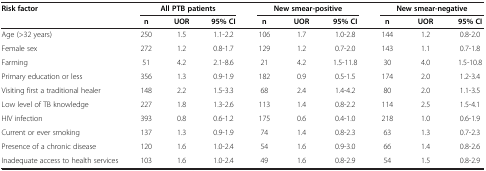
<table><thead><tr><td><b>Risk factor</b></td><td colspan="3"><b>All PTB patients</b></td><td colspan="3"><b>New smear-positive</b></td><td colspan="3"><b>New smear-negative</b></td></tr><tr><td><b> </b></td><td><b>n</b></td><td><b>UOR</b></td><td><b>95% CI</b></td><td><b>n</b></td><td><b>UOR</b></td><td><b>95% CI</b></td><td><b>n</b></td><td><b>UOR</b></td><td><b>95% CI</b></td></tr></thead><tbody><tr><td>Age (&gt;32 years)</td><td>250</td><td>1.5</td><td>1.1-2.2</td><td>106</td><td>1.7</td><td>1.0-2.8</td><td>144</td><td>1.2</td><td>0.8-2.0</td></tr><tr><td>Female sex</td><td>272</td><td>1.2</td><td>0.8-1.7</td><td>129</td><td>1.2</td><td>0.7-2.0</td><td>143</td><td>1.1</td><td>0.7-1.8</td></tr><tr><td>Farming</td><td>51</td><td>4.2</td><td>2.1-8.6</td><td>21</td><td>4.2</td><td>1.5-11.8</td><td>30</td><td>4.0</td><td>1.5-10.8</td></tr><tr><td>Primary education or less</td><td>356</td><td>1.3</td><td>0.9-1.9</td><td>182</td><td>0.9</td><td>0.5-1.5</td><td>174</td><td>2.0</td><td>1.2-3.4</td></tr><tr><td>Visiting first a traditional healer</td><td>148</td><td>2.2</td><td>1.5-3.3</td><td>68</td><td>2.4</td><td>1.4-4.2</td><td>80</td><td>2.0</td><td>1.1-3.5</td></tr><tr><td>Low level of TB knowledge</td><td>227</td><td>1.8</td><td>1.3-2.6</td><td>113</td><td>1.4</td><td>0.8-2.2</td><td>114</td><td>2.5</td><td>1.5-4.1</td></tr><tr><td>HIV infection</td><td>393</td><td>0.8</td><td>0.6-1.2</td><td>175</td><td>0.6</td><td>0.4-1.0</td><td>218</td><td>1.0</td><td>0.6-1.9</td></tr><tr><td>Current or ever smoking</td><td>137</td><td>1.3</td><td>0.9-1.9</td><td>74</td><td>1.4</td><td>0.8-2.3</td><td>63</td><td>1.3</td><td>0.7-2.3</td></tr><tr><td>Presence of a chronic disease</td><td>120</td><td>1.6</td><td>1.0-2.4</td><td>54</td><td>1.6</td><td>0.9-3.0</td><td>66</td><td>1.4</td><td>0.8-2.6</td></tr><tr><td>Inadequate access to health services</td><td>103</td><td>1.6</td><td>1.0-2.4</td><td>49</td><td>1.6</td><td>0.8-2.9</td><td>54</td><td>1.5</td><td>0.8-2.9</td></tr></tbody></table>